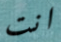
انت